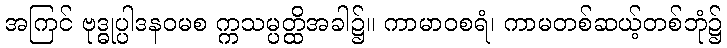
အကြင် ဗုဒ္ဓုပ္ပါဒနဝမစ က္ကသမ္ပတ္ထိအခါ၌။ ကာမာဝစရံ၊ ကာမတစ်ဆယ့်တစ်ဘုံ၌